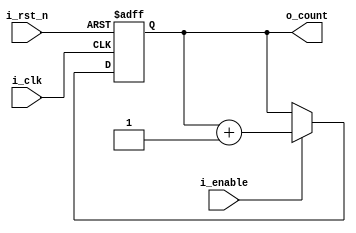
module counter_4bit (
    input   wire            i_clk,
    input   wire            i_rst_n,
    input   wire            i_enable,
    output  reg     [3:0]   o_count
);

always @(posedge i_clk or negedge i_rst_n) begin
    if (~i_rst_n)
        o_count <= 0;
    else begin
        if (i_enable)
            o_count <= o_count + 1;
    end
end

endmodule